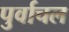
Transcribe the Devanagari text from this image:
पुर्वाचल